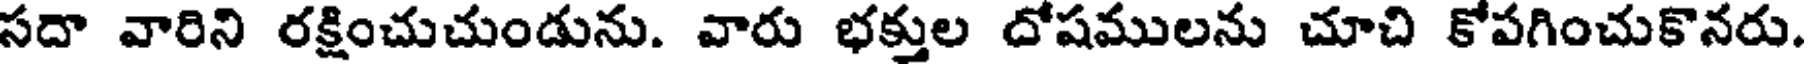
సదా వారిని రక్షించుచుండును. వారు భక్తుల దోషములను చూచి కోపగించుకొనరు.